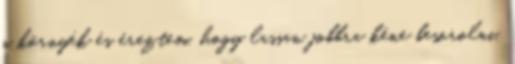
a környék és éreztem, hogy lassan jobbra kéne besorolni,